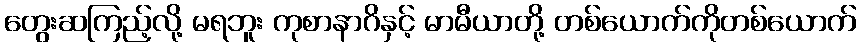
တွေးဆကြည့်လို့ မရဘူး ကုစာနာဂိနှင့် မာမီယာတို့ တစ်ယောက်ကိုတစ်ယောက်